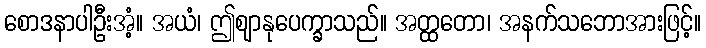
စောဒနာပါဦးအံ့။ အယံ၊ ဤဈာနုပေက္ခာသည်။ အတ္ထတော၊ အနက်သဘောအားဖြင့်။